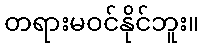
တရားမဝင်နိုင်ဘူး။